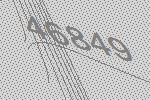
46849